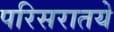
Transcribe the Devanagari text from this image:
परिसरातये